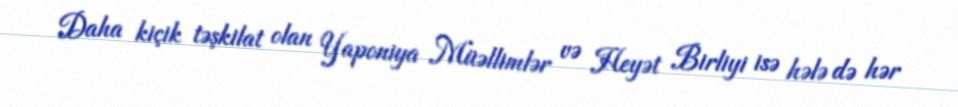
Daha kiçik təşkilat olan Yaponiya Müəllimlər və Heyət Birliyi isə hələ də hər